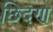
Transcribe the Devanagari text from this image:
छिद्ण